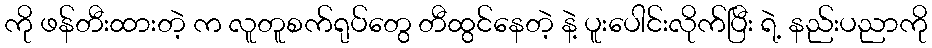
ကို ဖန်တီးထားတဲ့ က လူတူစက်ရုပ်တွေ တီထွင်နေတဲ့ နဲ့ ပူးပေါင်းလိုက်ပြီး ရဲ့ နည်းပညာကို